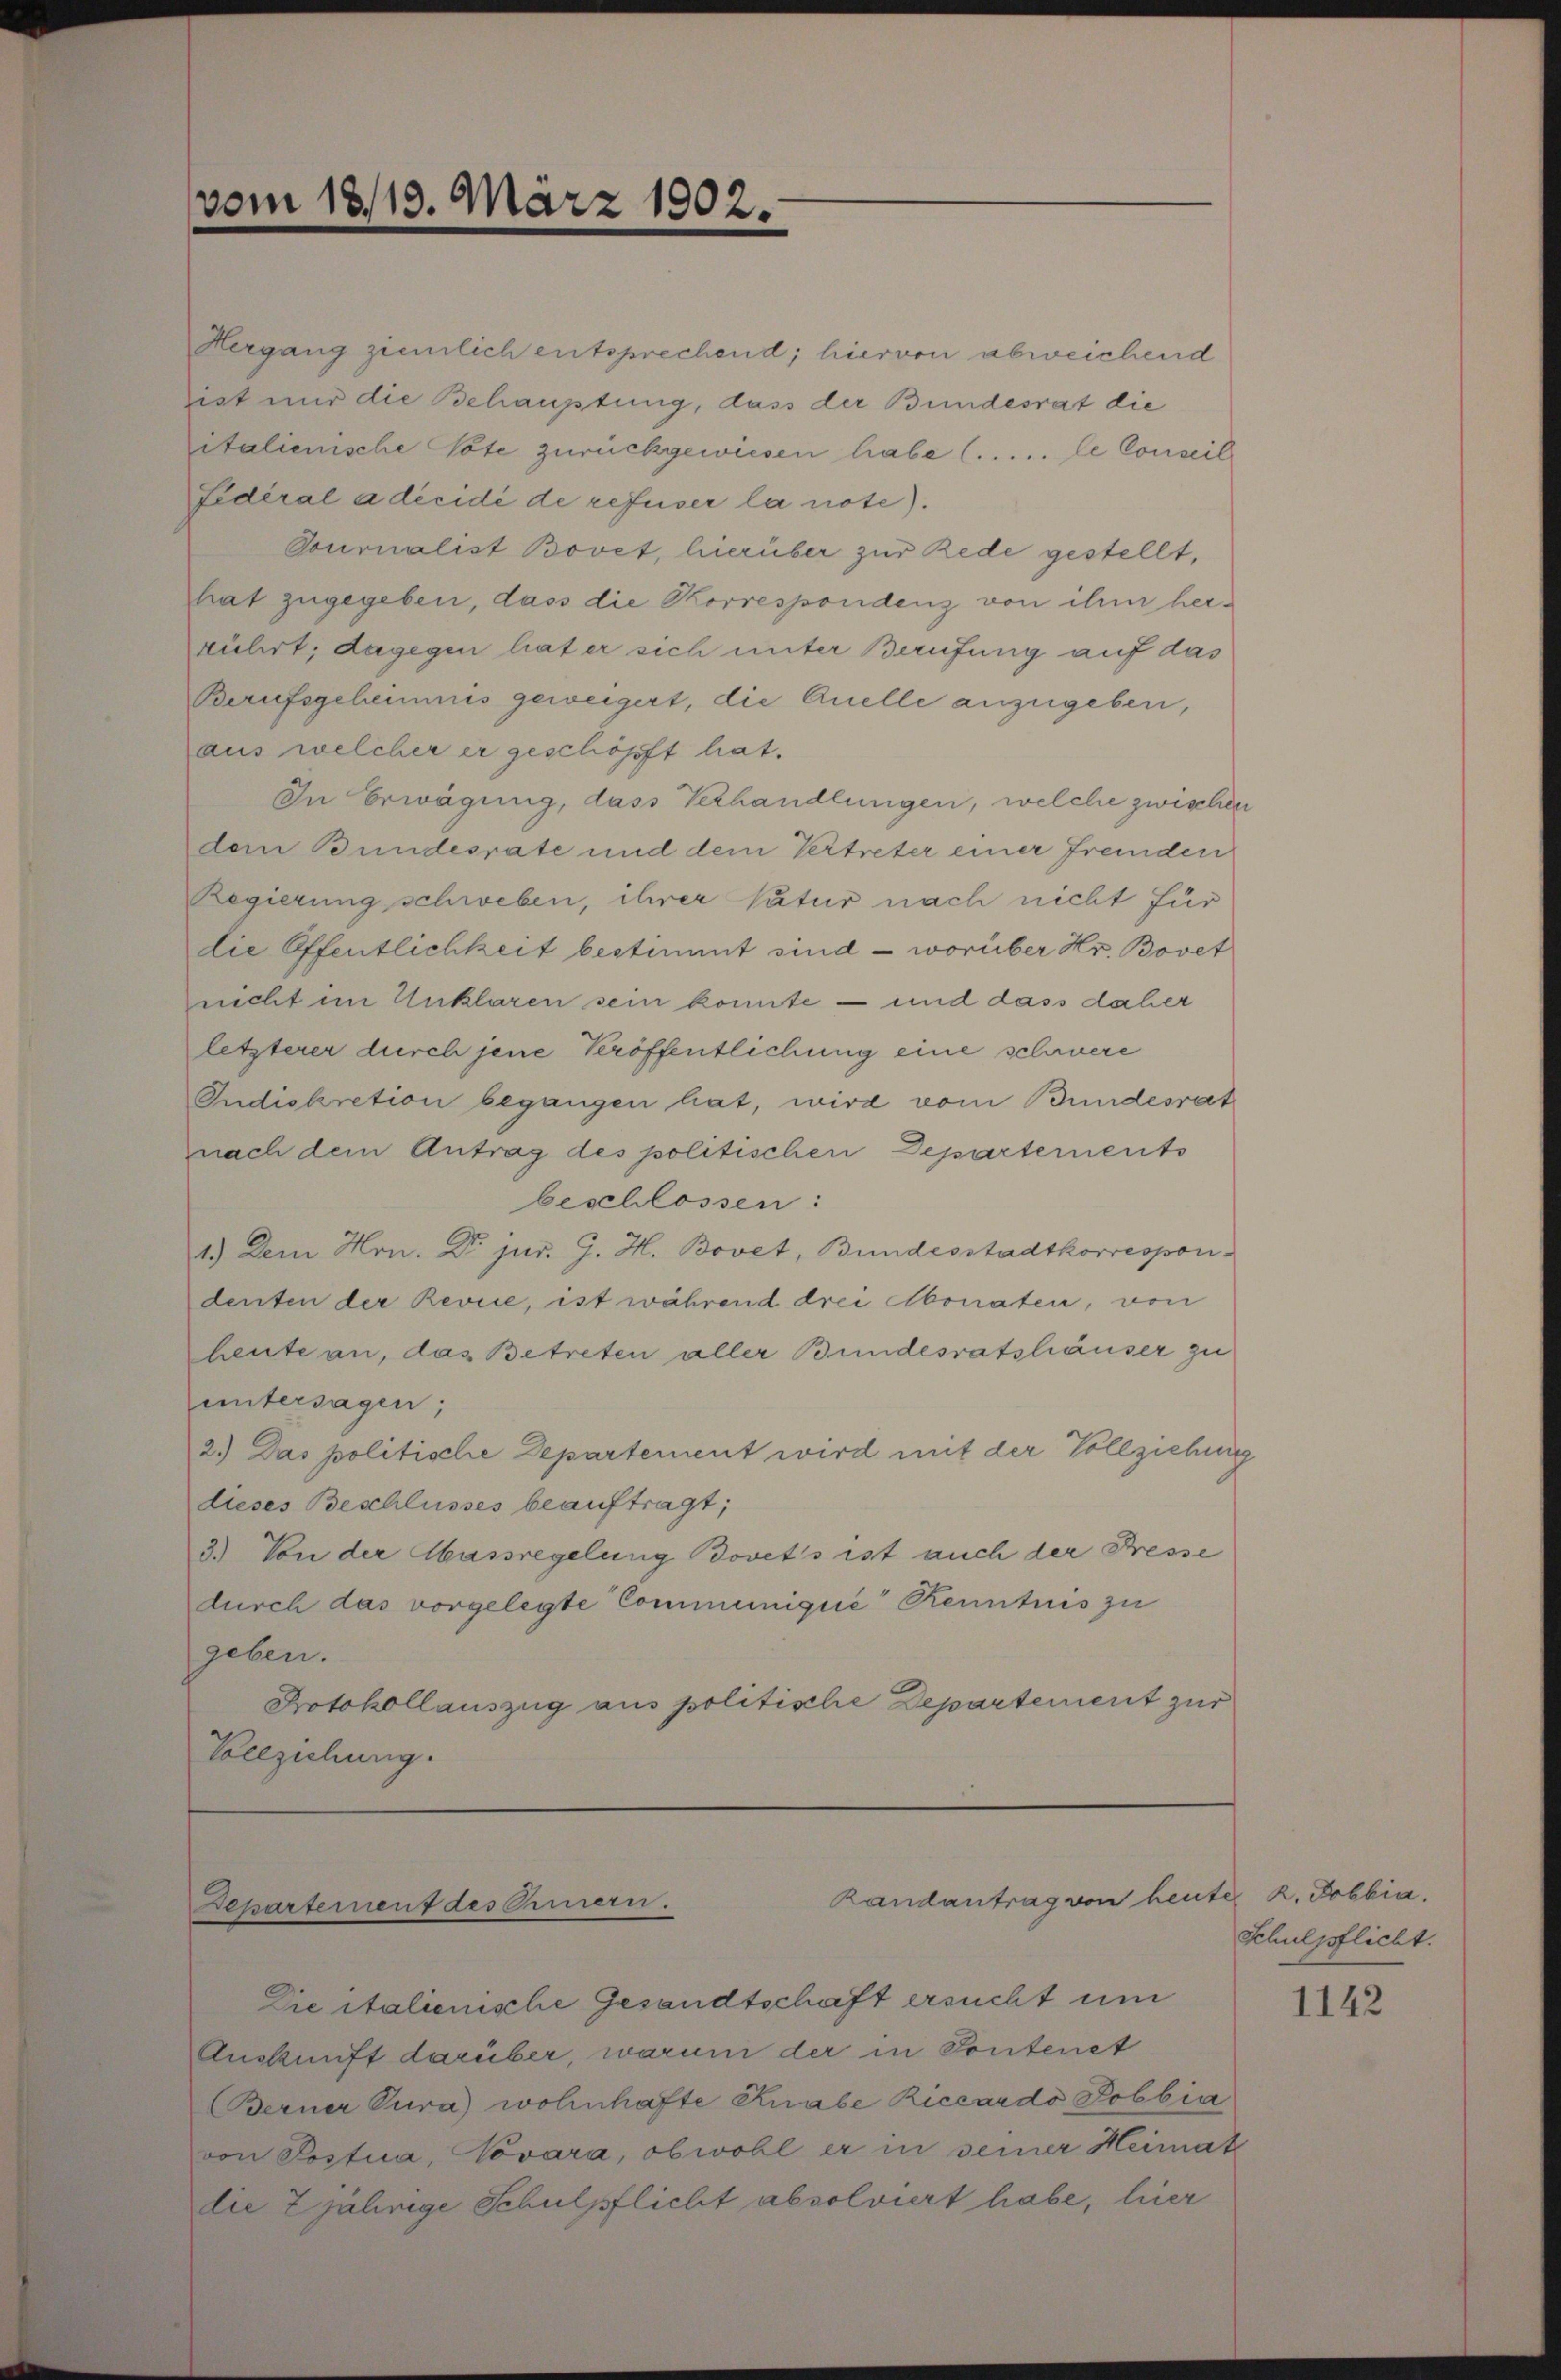
Hergang ziemlich entsprechend; hiervon abweichend
ist nur die Behauptung, dass der Bundesrat die
italienische Tote zurückgewiesen habe (..... le Conseil
Fidéral a décidé de refuser la note).
Tournalist Bovet, hierüber zur Rede gestellt,
hat zugegeben, dass die Korrespondenz von ihm herrührt; dagegen hat er sich unter Berufung auf das
Berufsgeheimis geweigert, die Quelle anzugeben,
aus welcher er geschöpft hat.
In Erwägung, dass Verhandlungen, welche zwischen
dem Bundesrate und dem Vertreter einer fremden
Regierung schweben, ihrer Natur nach nicht für
die Öffentlichkeit bestimmt sind – worüber Hr. Bovet
nicht im Unklaren sein konnte — und dass daher
letzterer durch jene Veröffentlichung eine schwere
Indiskretion begangen hat, wird vom Bundesrat
nach dem Antrag des politischen Departements
beschlossen:
1.) Dem Hrn. Dr jur. J. H. Bovet, Bundesstadtkorrespondenten der Revie, ist während drei Monaten, von
heute an, das Betreten aller Bundesratshäuser zu
untersagen;
2.) Das politische Departement wird mit der Vollziehung
dieses Beschlusses beauftragt,
3.) Von der Massregelung Bovets ist auch der Presse
durch das vorgelegte Communique Kenntnis zu
geben.
Protokollauszug aus politische Departement zur
Vollziehung.

vom 18/19. März 1902.

Randantrag von heute k. Pobbia.
Beparterneut des Omern.

Die italienische Gesandtschaft ersucht um
Auskunft darüber, warum der in Sontenet
Berner Tura) wohnhafte Knabe Riccardo Pobbia
von Postua, Novara, obwohl er in seiner Heimat
die 2jährige Schulpflicht absolviert habe, hier

Schulpflicht.

1142